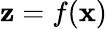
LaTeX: \mathbf{z}=f(\mathbf{x})